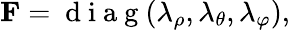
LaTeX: \mathbf{F}=\mathrm{~d~i~a~g~}(\lambda_{\rho},\lambda_{\theta},\lambda_{\varphi}),